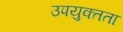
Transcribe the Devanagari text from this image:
उपयुक्‍तता